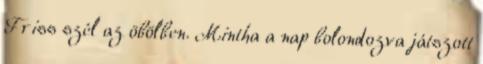
Friss szél az öbölben. Mintha a nap bolondozva játszott